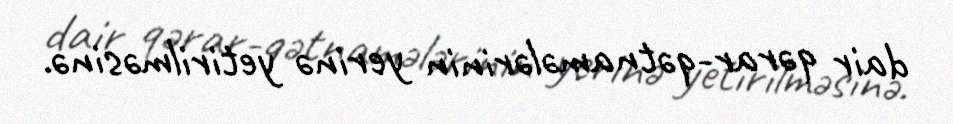
dair qərar-qətnamələrinin yerinə yetirilməsinə.